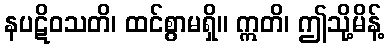
နပဋိဝသတိ၊ ထင်စွာမရှိ။ ဣတိ၊ ဤသို့မိန့်